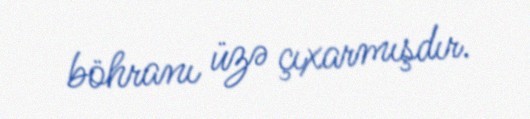
böhranı üzə çıxarmışdır.